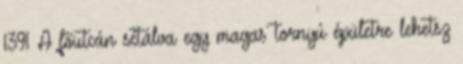
1391 A főutcán sétálva egy magas tornyú épületre lehetsz